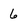
Character: 6